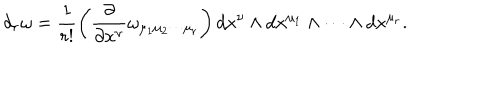
d _ { r } \omega = \frac { 1 } { r ! } \left( \frac { \partial } { \partial x ^ { \nu } } \omega _ { \mu _ { 1 } \mu _ { 2 } \cdots \mu _ { r } } \right) d x ^ { \nu } \wedge d x ^ { \mu _ { 1 } } \wedge \cdots \wedge d x ^ { \mu _ { r } } .